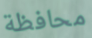
محافظة